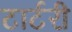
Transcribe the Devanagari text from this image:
टार्टरी